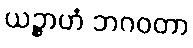
ယဉ္စာဟံ ဘဂဝတာ